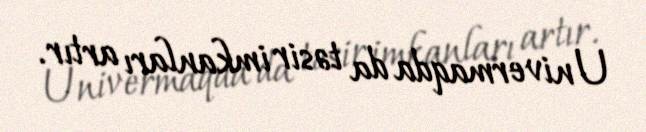
Univermaqda da təsir imkanları artır.